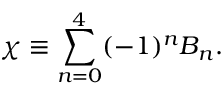
\chi \equiv \sum _ { n = 0 } ^ { 4 } ( - 1 ) ^ { n } B _ { n } .